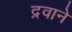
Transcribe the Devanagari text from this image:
द्रवाने